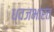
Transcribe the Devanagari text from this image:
ध्वजभारत